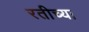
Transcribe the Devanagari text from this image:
रतीच्या